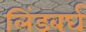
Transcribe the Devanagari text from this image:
लिंडबर्घ